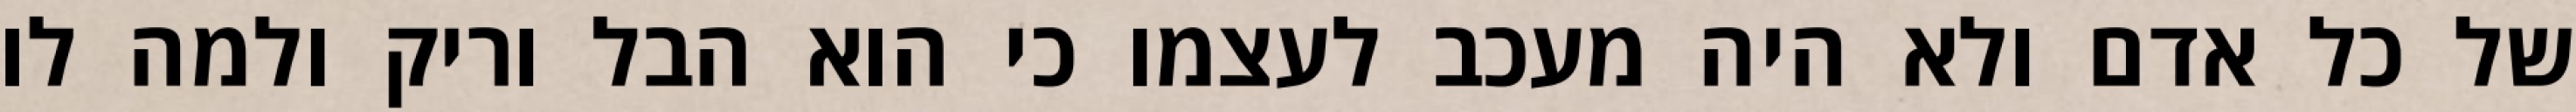
של כל אדם ולא היה מעכב לעצמו כי הוא הבל וריק ולמה לו